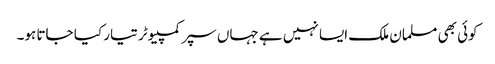
کوئی بھی مسلمان ملک ایسا نہیں ہے جہاں سپر کمپیوٹر تیار کیا جاتا ہو۔